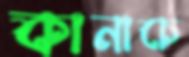
কানাচে